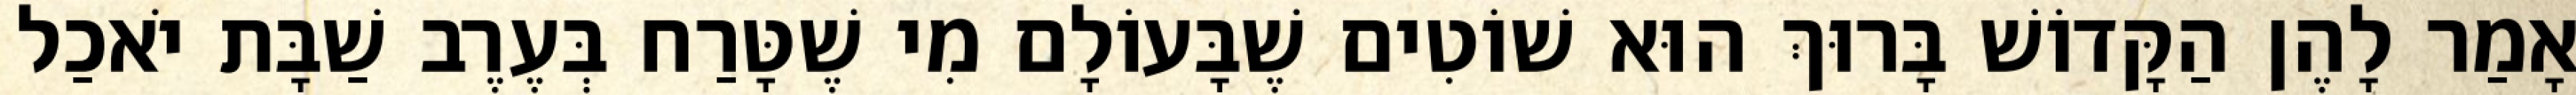
אָמַר לָהֶן הַקָּדוֹשׁ בָּרוּךְ הוּא שׁוֹטִים שֶׁבָּעוֹלָם מִי שֶׁטָּרַח בְּעֶרֶב שַׁבָּת יֹאכַל